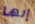
إنها